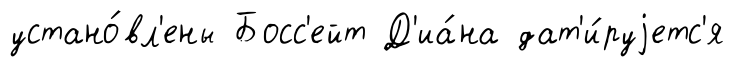
устано́вл'ены Босс'ейт Д'иа́на дат'и́руjетс'я